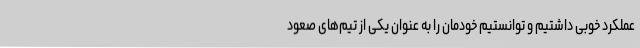
عملکرد خوبی داشتیم و توانستیم خودمان را به‌ عنوان یکی از تیم‌های صعود